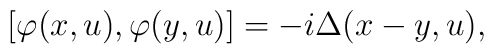
\left[\varphi(x, u), \varphi(y, u)\right] = - i \Delta(x - y, u),